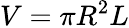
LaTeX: V=\pi R^{2}L